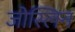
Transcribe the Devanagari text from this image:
जोस्लिन